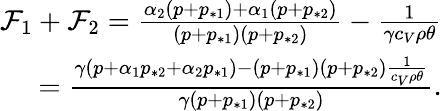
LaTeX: \begin{array}{r}{\mathcal{F}_{1}+\mathcal{F}_{2}=\frac{\alpha_{2}(p+p_{*1})+\alpha_{1}(p+p_{*2})}{(p+p_{*1})(p+p_{*2})}-\frac{1}{\gamma c_{V}\rho\theta}}\\ {=\frac{\gamma(p+\alpha_{1}p_{*2}+\alpha_{2}p_{*1})-(p+p_{*1})(p+p_{*2})\frac{1}{c_{V}\rho\theta}}{\gamma(p+p_{*1})(p+p_{*2})}.}\end{array}